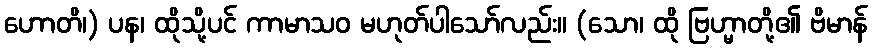
ဟောတိ၊) ပန၊ ထိုသို့ပင် ကာမာသဝ မဟုတ်ပါသော်လည်း။ (သော၊ ထို ဗြဟ္မာတို့၏ ဗိမာန်